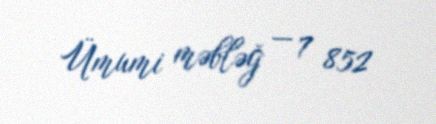
Ümumi məbləğ — 7 852